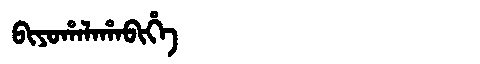
Manchu: ᠪᡳᠶᠣᡥᠠᠯᠠᡥᠠᠪᡳᡥᡝ
Romanization: BIYOHALAHABIHE